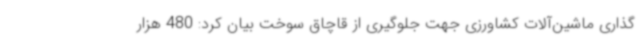
گذاری ماشین‌آلات کشاورزی جهت جلوگیری از قاچاق سوخت بیان کرد: 480 هزار